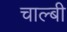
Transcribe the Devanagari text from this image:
चाल्बी